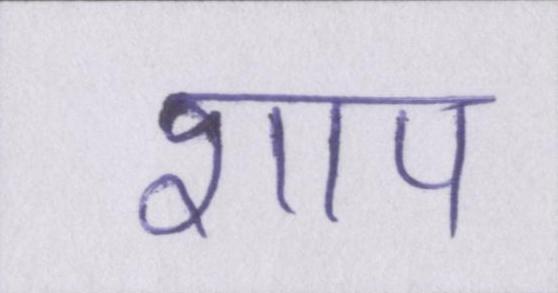
शाप